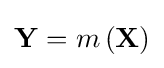
\mathbf {Y} =m\left(\mathbf {X} \right)